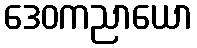
ဒေဝကညာယော